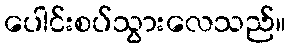
ပေါင်းစပ်သွားလေသည်။